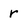
Character: r